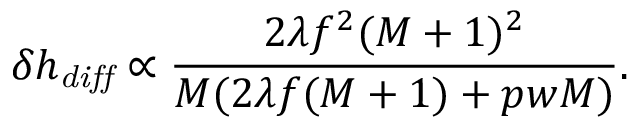
\delta h _ { \mathit { d i f f } } \propto \frac { 2 \lambda f ^ { 2 } ( M + 1 ) ^ { 2 } } { M ( 2 \lambda f ( M + 1 ) + p w M ) } .